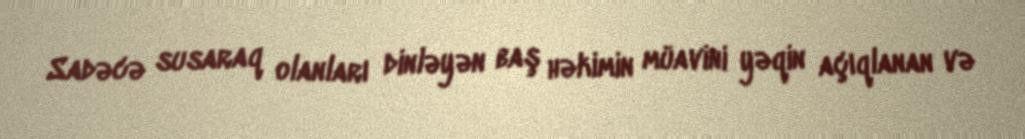
Sadəcə susaraq olanları dinləyən baş həkimin müavini yəqin açıqlanan və